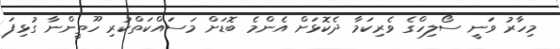
މިހާރު ވަނީ ސޯލިހްގެ ވެރިކަމާ ދެކޮޅަށް އެންމެ ބޮޑަށް މަސައްކަތްކުރި ހޫތީންނާ ގުޅިފަ